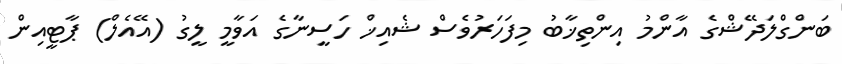
ބަންގްލަދޭޝްގެ އާންމު އިންތިޚާބު މިފަހަރުވެސް ޝެއިޚް ހަސީނާގެ އަވާމީ ލީގު (އޭއެލް) ޕާޓީއިން